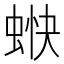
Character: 𧋿